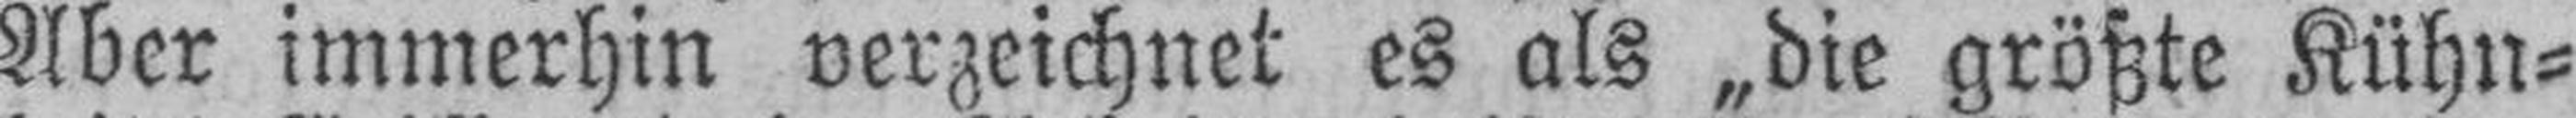
Aber immerhin verzeichnet es als „die größte Kühn¬